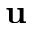
\mathbf { u }